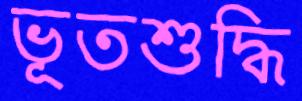
ভূতশুদ্ধি